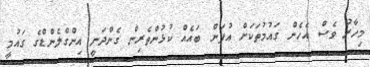
މިހާރު ވެސް އެހެން ގައުމުތަކަށް އުފަން ބައެއް ކުޅުންތެރިން ގެންދަނީ އިންގްލެންޑްގެ ގައުމީ